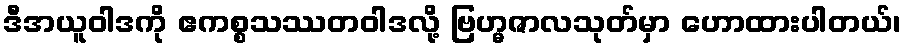
ဒီအယူဝါဒကို ဧကစ္စသဿတဝါဒလို့ ဗြဟ္မဇာလသုတ်မှာ ဟောထားပါတယ်၊